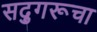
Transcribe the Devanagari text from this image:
सद्गुरूचा